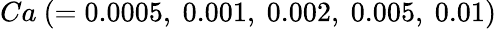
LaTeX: Ca~(=0.0005,~0.001,~0.002,~0.005,~0.01)